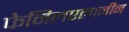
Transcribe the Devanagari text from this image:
फेनिलएलानीन